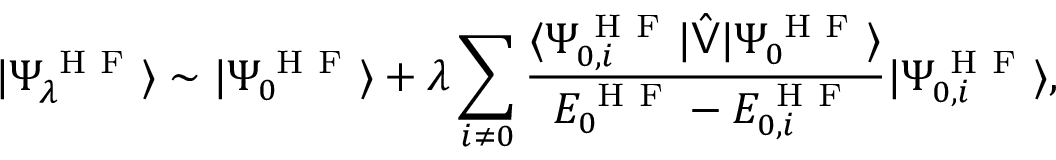
| \Psi _ { \lambda } ^ { \mathrm { ~ H ~ F ~ } } \rangle \sim | \Psi _ { 0 } ^ { \mathrm { ~ H ~ F ~ } } \rangle + \lambda \sum _ { i \neq 0 } \frac { \langle \Psi _ { 0 , i } ^ { \mathrm { ~ H ~ F ~ } } | \hat { \mathsf { V } } | \Psi _ { 0 } ^ { \mathrm { ~ H ~ F ~ } } \rangle } { E _ { 0 } ^ { \mathrm { ~ H ~ F ~ } } - E _ { 0 , i } ^ { \mathrm { ~ H ~ F ~ } } } | \Psi _ { 0 , i } ^ { \mathrm { ~ H ~ F ~ } } \rangle ,